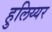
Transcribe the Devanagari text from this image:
हुलिय्यर